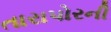
તારાપોરની